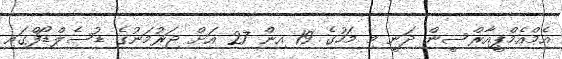
އެމްއެމްޕީއާރްސީން ދަނީ މި މަހުގެ 19 އިން 27 އަށް ޖަރުމަނުގެ ޑުސެލްޑޯފްގައި